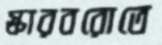
স্কারবরোতে